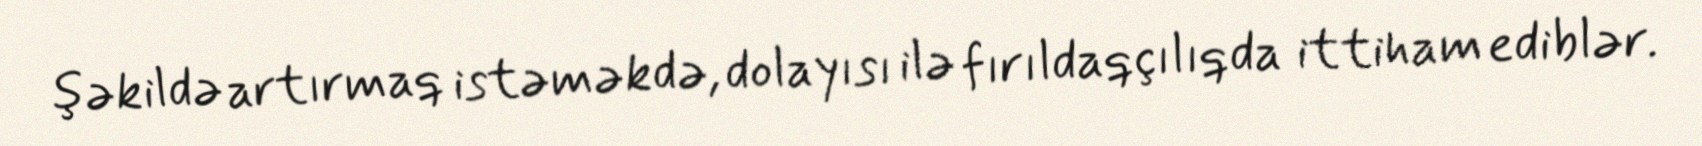
şəkildə artırmaq istəməkdə, dolayısı ilə fırıldaqçılıqda ittiham ediblər.